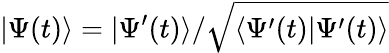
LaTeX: |\Psi(t)\rangle=|\Psi^{\prime}(t)\rangle/\sqrt{\langle\Psi^{\prime}(t)|\Psi^{\prime}(t)\rangle}